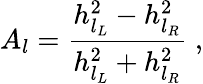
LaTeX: A_{l}=\frac{h_{l_{L}}^{2}-h_{l_{R}}^{2}}{h_{l_{L}}^{2}+h_{l_{R}}^{2}}\; ,